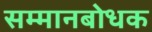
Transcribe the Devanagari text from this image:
सम्मानबोधक